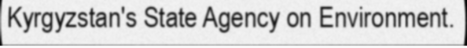
Kyrgyzstan's State Agency on Environment.